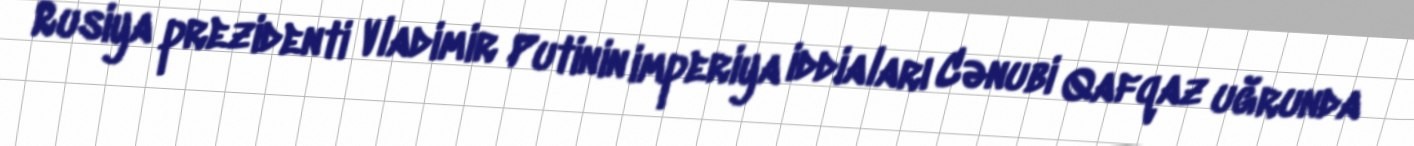
Rusiya prezidenti Vladimir Putinin imperiya iddiaları Cənubi Qafqaz uğrunda